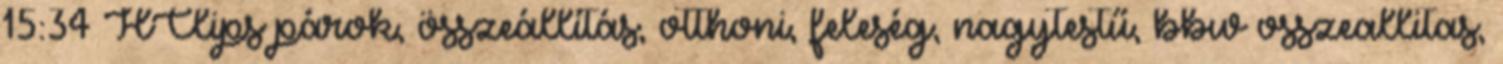
15:34 HClips párok, összeállítás, otthoni, feleség, nagytestű, bbw osszeallitas,